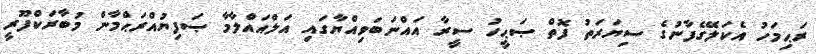
ރަޙިމަހު އެކަލޭގެފާނުގެ ސިޔަރަތު ފޮތް ޞަޙީހު ސީރާ އައްނަބަވިއްޔާގައި އަލްއައްލާމާ ޞަފިޔުއްރަޙްމާން މުބާރަކްފޫރީ